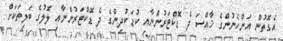
އެގޮތުން އަންހެނުންގެ ޚާއްސަ ދެ ޑޮކްޓަރުންނާއި ކުޑަކުދިންގެ ދެ ޑޮކްޓަރުންނާއި ލޮލުގެ ބަލިތަކަށް